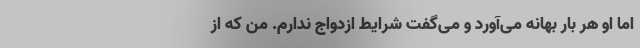
اما او هر بار بهانه می‌آورد و می‌گفت شرایط ازدواج ندارم. من که از